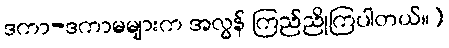
ဒကာ-ဒကာမများက အလွန် ကြည်ညိုကြပါတယ်။)